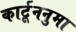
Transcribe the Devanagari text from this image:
कार्टूननुमा